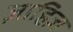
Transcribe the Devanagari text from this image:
ज़ाहिज़